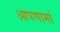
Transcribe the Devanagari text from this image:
आपणामां